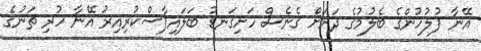
އޭނާ ފުލުހުންގެ ބެލުމުގެ ދަށަށް ގެނެސް ހަށިގަނޑު ބަލައިފާސްކުރިއިރު އޭނާ ހުރި ތަނުގެ